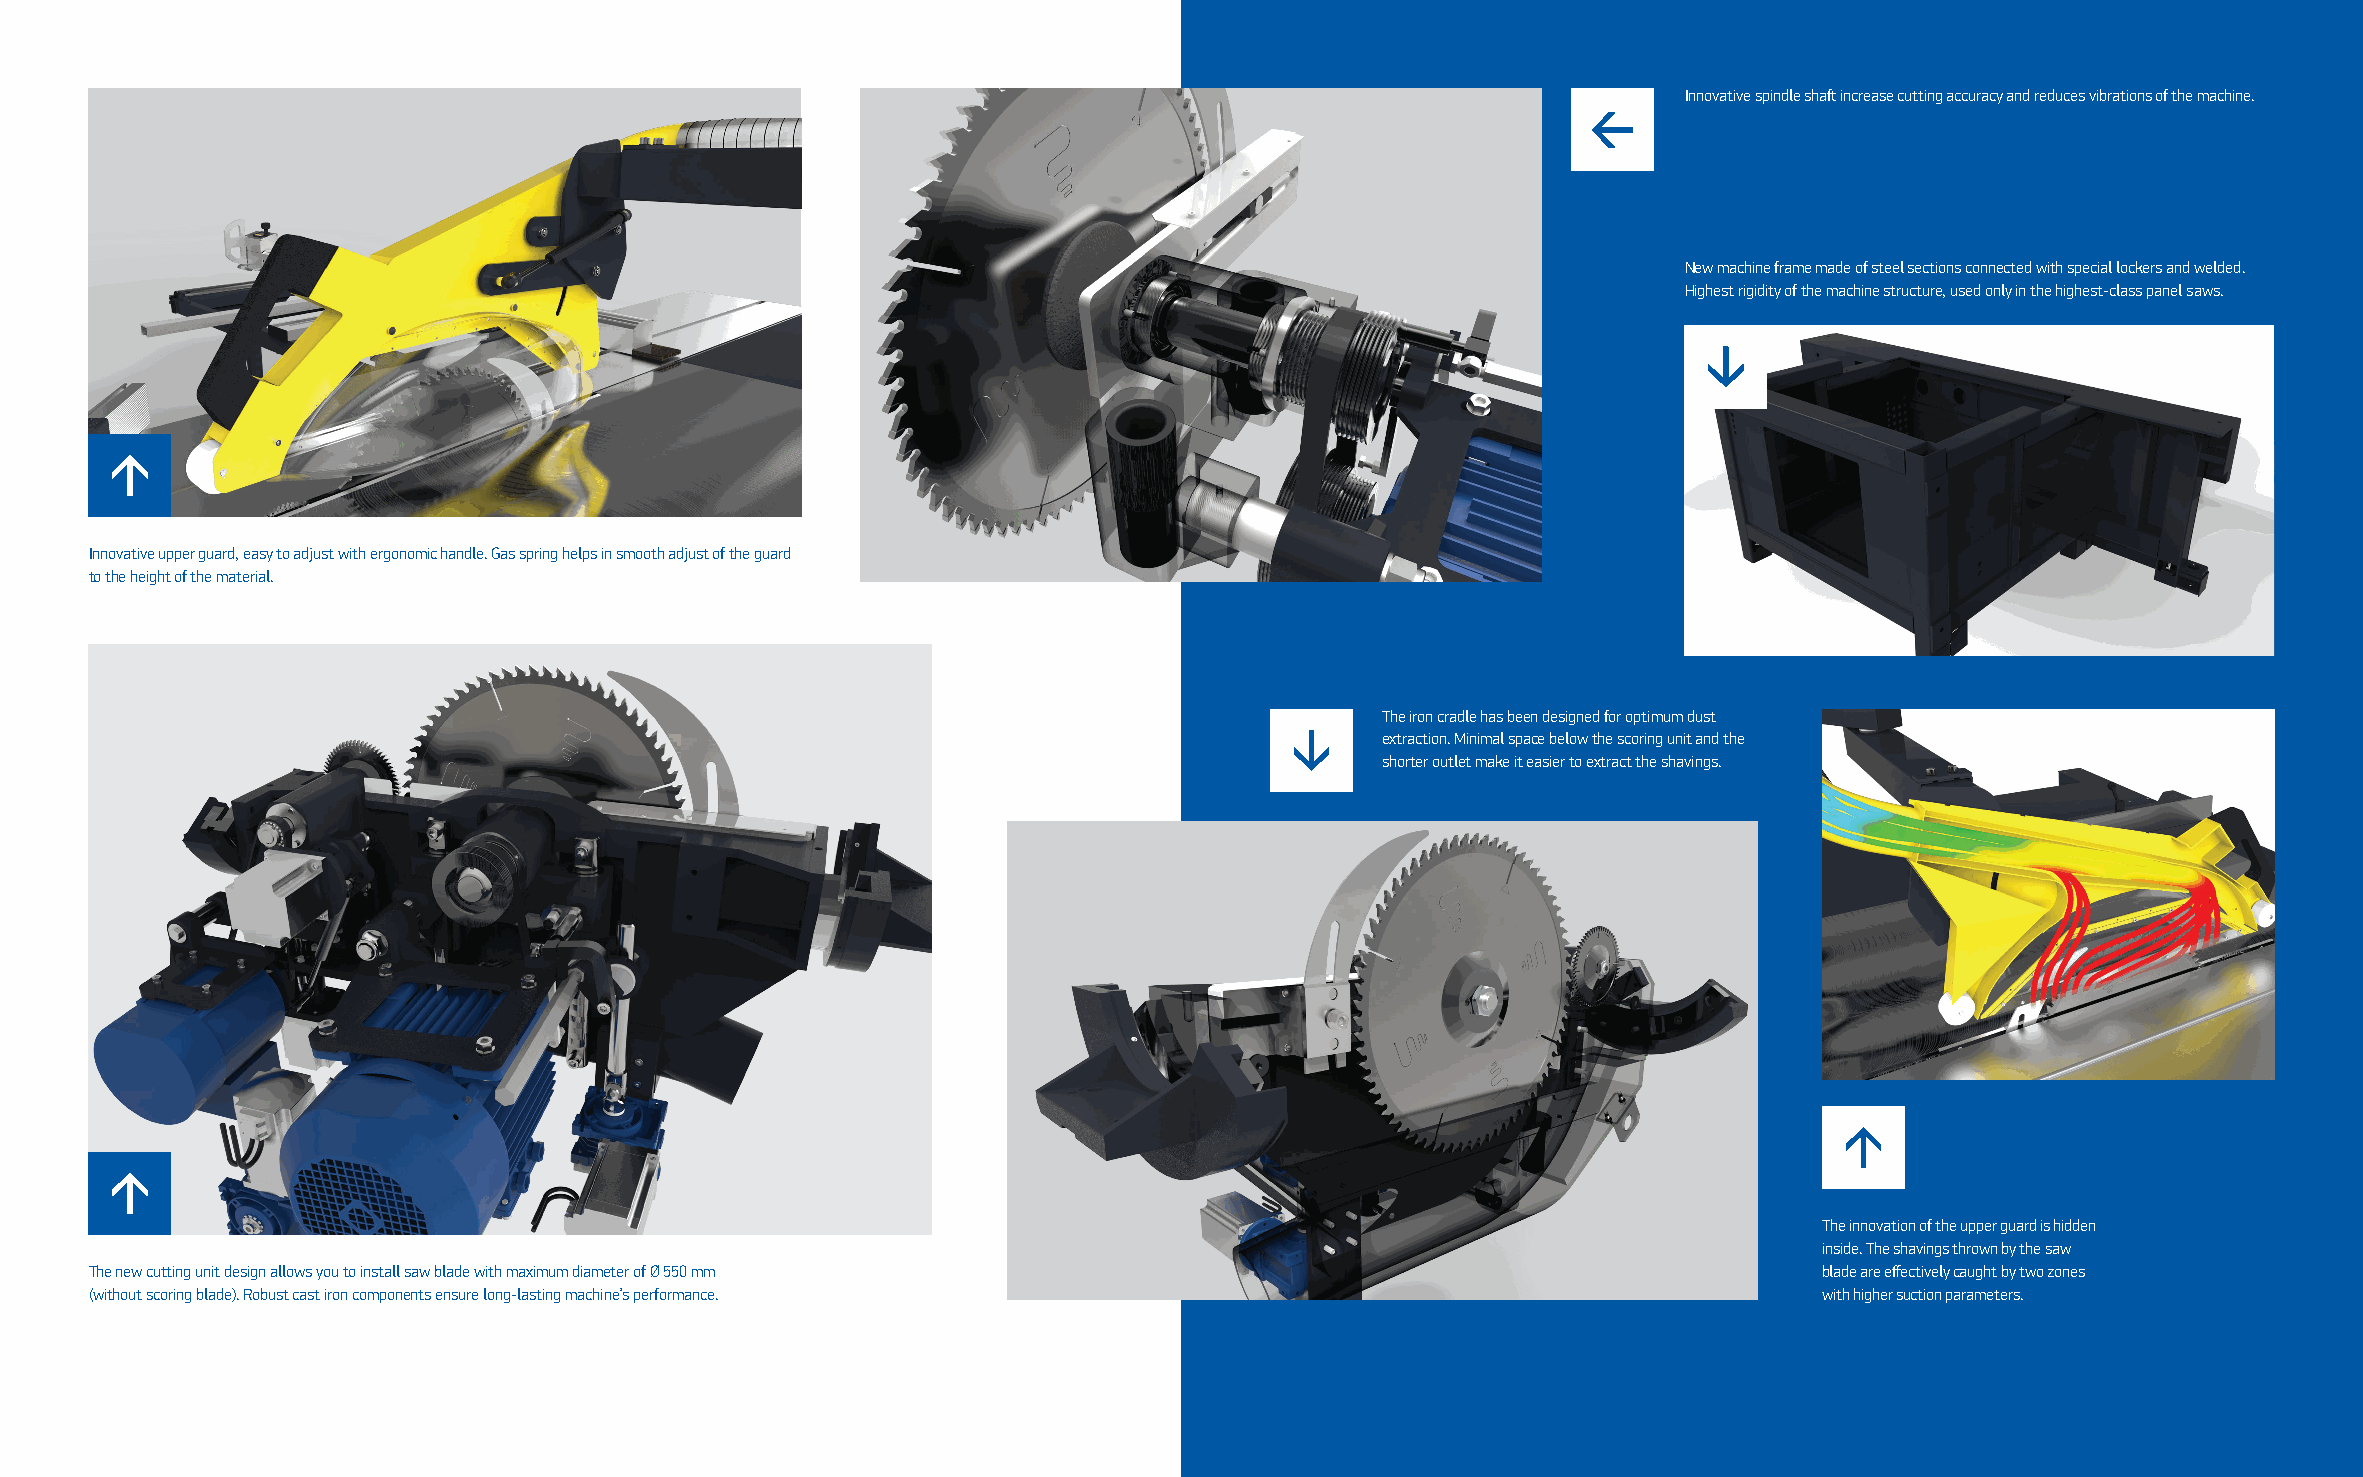
Innovative spindle shaft increase cutting accuracy and reduces vibrations of the machine.
 New machine frame made of steel sections connected with special lockers and welded.
 Highest rigidity of the machine structure, used only in the highest-class panel saws.
 Innovative upper guard, easy to adjust with ergonomic handle. Gas spring helps in smooth adjust of the guard
 to the height of the material.
 The iron cradle has been designed for optimum dust
 extraction. Minimal space below the scoring unit and the
 shorter outlet make it easier to extract the shavings.
 The innovation of the upper guard is hidden
 inside. The shavings thrown by the saw
 The new cutting unit design allows you to install saw blade with maximum diameter of Ø 550 mm                      blade are effectively caught by two zones
 (without scoring blade). Robust cast iron components ensure long-lasting machine’s performance.                    with higher suction parameters.